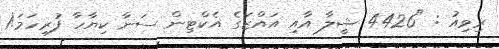
ރިވިއު : "4426 ޝީލާ އާއި އައްޒަގެ އެކްޓިން ސަނާ ކިޔާހާ ފުރިހަމަ!1